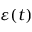
\varepsilon ( t )